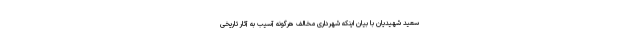
سعید شهیدیان با بیان اینکه شهرداری مخالف هرگونه آسیب به آثار تاریخی